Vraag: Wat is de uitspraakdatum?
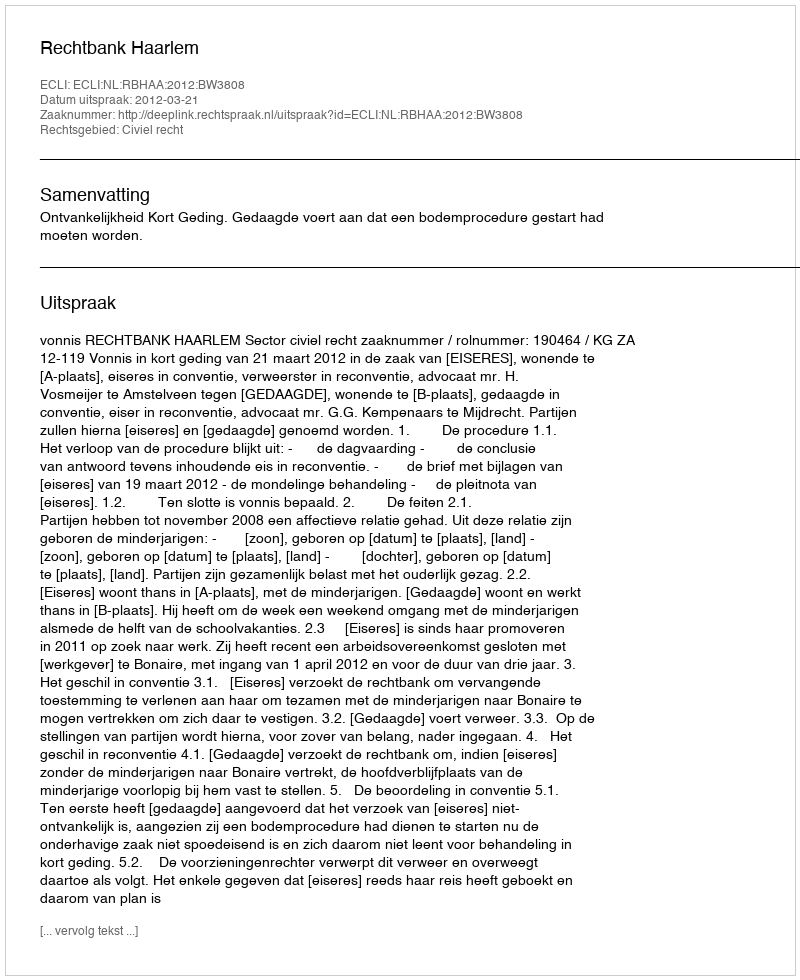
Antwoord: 2012-03-21